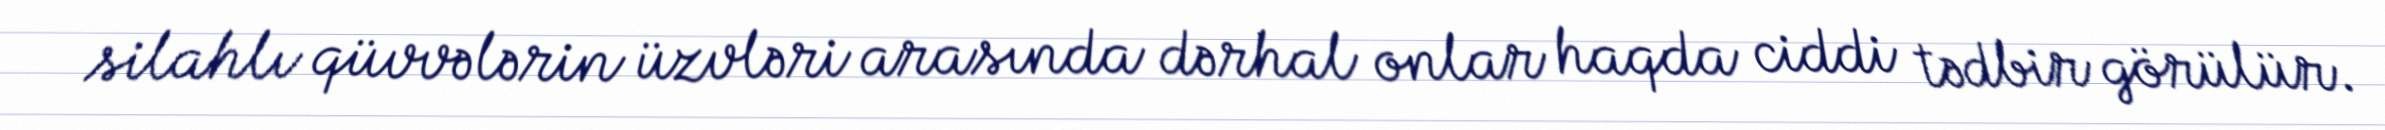
silahlı qüvvələrin üzvləri arasında dərhal onlar haqda ciddi tədbir görülür.